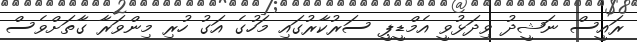
ރައީސް ނަޝީދު ވިދަޅުވީ އެމްޑީޕީ ސަރުކާރުގައި މަހުގެ އަގު ހުރި މިންވަރާ ގާތަށްވެސް